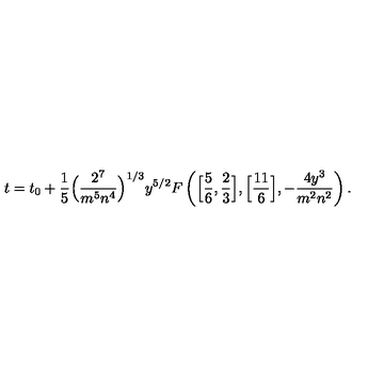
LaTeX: t = t _ { 0 } + { \frac { 1 } { 5 } } \Big ( { \frac { 2 ^ { 7 } } { m ^ { 5 } n ^ { 4 } } } \Big ) ^ { 1 / 3 } y ^ { 5 / 2 } F \left( \Big [ { \frac { 5 } { 6 } } , { \frac { 2 } { 3 } } \Big ] , \Big [ { \frac { 1 1 } { 6 } } \Big ] , - { \frac { 4 y ^ { 3 } } { m ^ { 2 } n ^ { 2 } } } \right) .